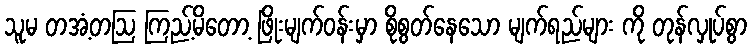
သူမ တအံ့တဩ ကြည့်မိတော့ ဖြိုးမျက်ဝန်းမှာ စိုစွတ်နေသော မျက်ရည်များ ကို တုန်လှုပ်စွာ